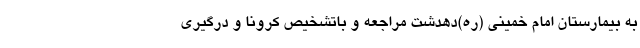
به بیمارستان امام خمینی (ره)دهدشت مراجعه و باتشخیص کرونا و درگیری